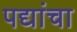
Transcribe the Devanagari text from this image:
पद्यांचा